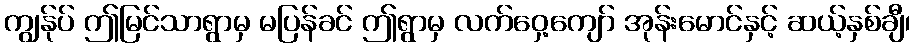
ကျွန်ုပ် ဤမြင်သာရွာမှ မပြန်ခင် ဤရွာမှ လက်ဝှေ့ကျော် အုန်းမောင်နှင့် ဆယ့်နှစ်ချီ၊